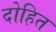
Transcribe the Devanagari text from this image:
दोहित